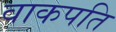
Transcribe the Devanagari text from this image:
वाकपति